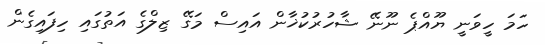
ހަމަ ހީވަނީ ޔޫއްޕެ ނޫނޭ ޝާހުރުކުޚާން އައިސް މަގޭ ޒިލްގެ އަތުގައި ހިފައިގެން